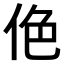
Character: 𠈜